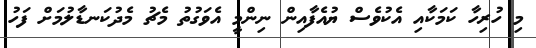
މި ހުރިހާ ކަމަކާއި އެކުވެސް ޔުއެފާއިން ނިންމީ އެވަގުތު މެޗު މެދުކަނޑާލުމަށް ފަހު